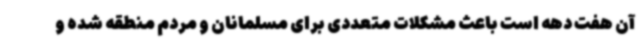
آن هفت دهه است باعث مشکلات متعددی برای مسلمانان و مردم منطقه شده و